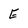
Character: E